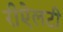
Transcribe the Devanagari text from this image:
रीऐलटी